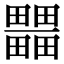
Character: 𤳹